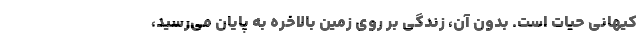
کیهانی حیات است. بدون آن، زندگی بر روی زمین بالاخره به پایان می‌رسید،